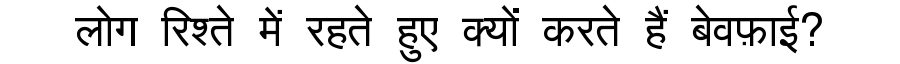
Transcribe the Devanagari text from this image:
लोग रिश्ते में रहते हुए क्यों करते हैं बेवफ़ाई?